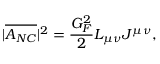
| \overline { { { A _ { N C } } } } | ^ { 2 } = \frac { G _ { F } ^ { 2 } } { 2 } L _ { \mu \nu } J ^ { \mu \nu } ,